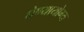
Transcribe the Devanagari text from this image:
घेण्यायोग्य